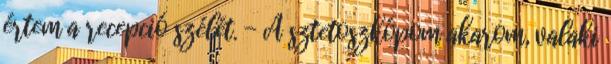
értem a recepció szélét. - A sztetoszkópom akarom, valaki